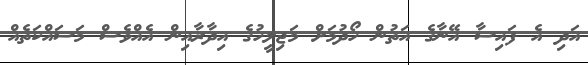
އަދި އެ ފައިސާ އޭނާގެ އަތުން ހޯދުމަށް މަޖިލީހުގެ އިދާރާއިން އެއްވެސް މަސައްކަތެއް